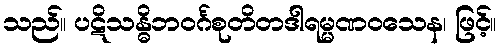
သည်။ ပဋိသန္ဓိဘဝင်္ဂစုတိတဒါရမ္မဏဝသေန၊ ဖြင့်။